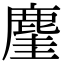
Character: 𪊧